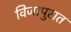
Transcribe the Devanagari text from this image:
विजापुरात